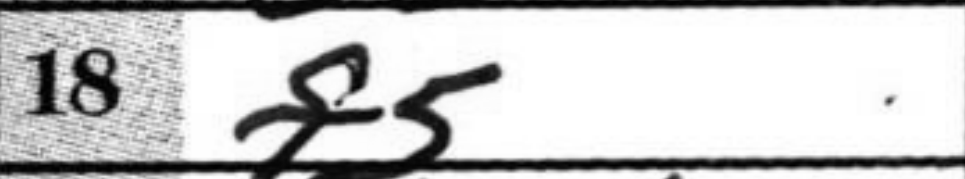
Transcription: f5